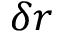
\delta r